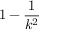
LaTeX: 1 - { \frac { 1 } { k ^ { 2 } } }